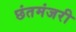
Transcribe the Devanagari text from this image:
छंतमंजरी